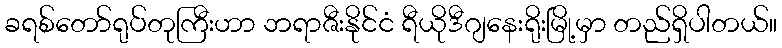
ခရစ်တော်ရုပ်တုကြီးဟာ ဘရာဇီးနိုင်ငံ ရီယိုဒီဂျနေးရိုးမြို့မှာ တည်ရှိပါတယ်။